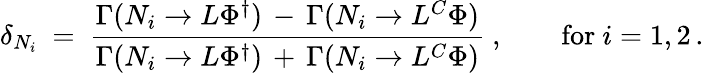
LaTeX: \delta_{N_{i}}\ =\ \frac{\Gamma(N_{i}\to L\Phi^{\dagger})\, -\, \Gamma(N_{i}\to L^{C}\Phi)}{\Gamma(N_{i}\to L\Phi^{\dagger})\, +\, \Gamma(N_{i}\to L^{C}\Phi)}\ ,\qquad\mathrm{for}\ i=1,2\, .